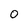
Character: 0